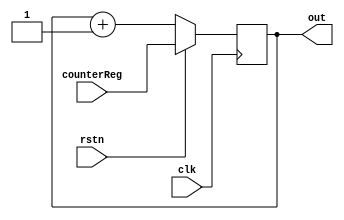

module contador(input clk, input rstn, output reg [7:0] out, input  [7:0]counterReg);
    wire rst = rstn;
    always @(posedge clk ) begin
        if (rst) begin
            out<=counterReg;
        end
        else begin
            out<=out +1;
    end
    end

endmodule